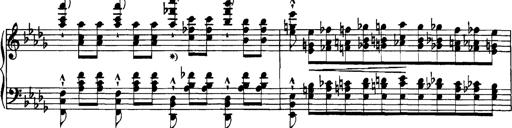
Title: Grandes Etudes
Composer: Franz Liszt